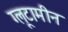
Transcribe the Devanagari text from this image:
ग्लूटामीन